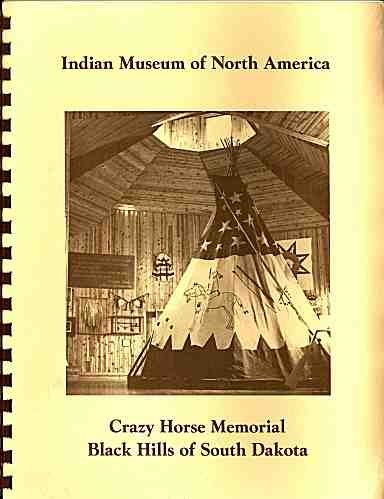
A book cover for Indian Museum of North America; Crazy Horse Memorial. Black Hills of South Dakota; Travel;